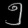
Digit: ၅